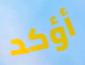
أؤكد